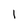
Character: 1